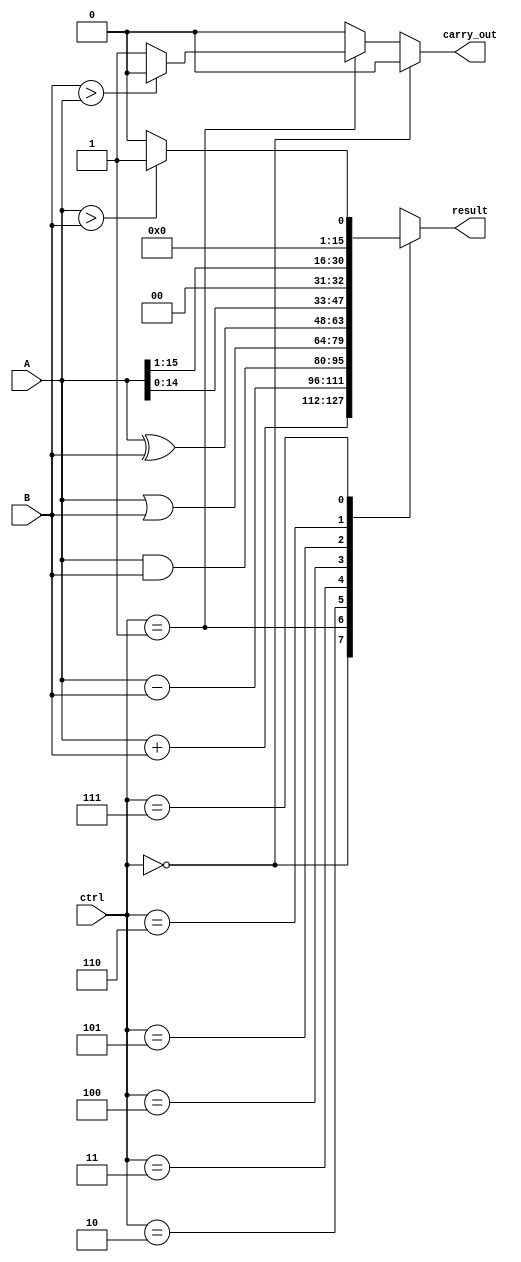
module ALU_16bit(input [15:0] A, B,
                input [2:0] ctrl,
                output [15:0] result,
                output carry_out);

    reg [15:0] result;
    reg carry_out;

    always @(*)
    begin
        case(ctrl)
            3'b000: result = A + B; // ADD operation
            3'b001: result = A - B; // SUB operation
            3'b010: result = A & B; // AND operation
            3'b011: result = A | B; // OR operation
            3'b100: result = A ^ B; // XOR operation
            3'b101: result = A << 1; // Shift left operation
            3'b110: result = A >> 1; // Shift right operation
            3'b111: 
                begin
                    if(A > B)
                        result = 16'h0001; // comparison result True
                    else
                        result = 16'h0000; // comparison result False
                end
            default: result = 16'h0000; // Default operation is all zeroes
        endcase

        if(ctrl == 3'b000) // check for addition operation
            carry_out = (result[16] == 1) ? 1 : 0;
        else if(ctrl == 3'b001) // check for subtraction operation
            carry_out = (B > A) ? 0 : 1;
        else 
            carry_out = 0; // All other operations have no carry-out
    end

endmodule